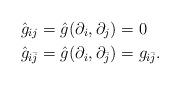
LaTeX: \begin{align*}\hat{g}_{ij}&=\hat{g}(\partial_i,\partial_j)=0\\\hat{g}_{i\bar{j}}&=\hat{g}(\partial_i,\partial_{\bar{j}})=g_{i\bar{j}}.\end{align*}